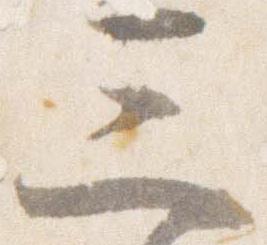
三